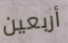
أربعين